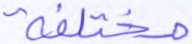
مختلفة